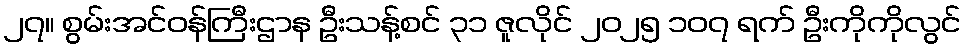
၂၇။ စွမ်းအင်ဝန်ကြီးဌာန ဦးသန့်စင် ၃၁ ဇူလိုင် ၂၀၂၅ ၁၀၇ ရက် ဦးကိုကိုလွင်